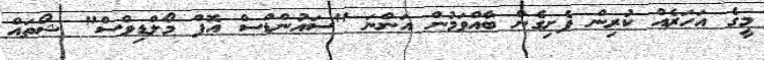
މީގެ އަހަރެއް ކުރިން ފެށިގެން ބާއްވަމުން އަންނަ "ސައުންޑްސް އޮފް މޯލްޑިވްސް" ޝޯތައް